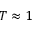
T \approx 1